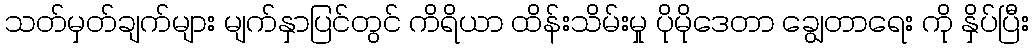
သတ်မှတ်ချက်များ မျက်နှာပြင်တွင် ကိရိယာ ထိန်းသိမ်းမှု ပိုမိုဒေတာ ချွေတာရေး ကို နှိပ်ပြီး